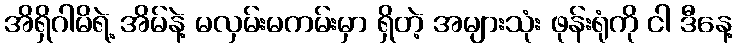
အိရှိဂါမိရဲ့ အိမ်နဲ့ မလှမ်းမကမ်းမှာ ရှိတဲ့ အများသုံး ဖုန်းရုံကို ငါ ဒီနေ့